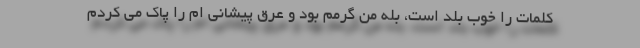
کلمات را خوب بلد است، بله من گرمم بود و عرق پیشانی ام را پاک می کردم